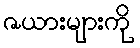
ဇယားများကို